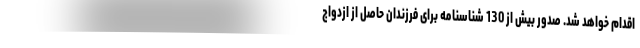
اقدام خواهد شد. صدور بیش از 130 شناسنامه برای فرزندان حاصل از ازدواج